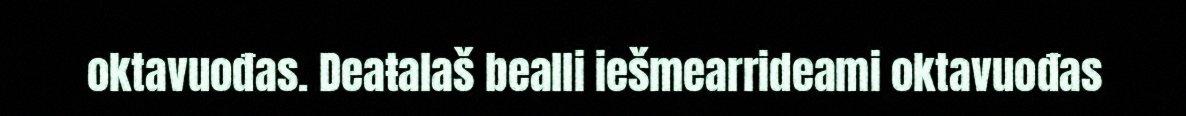
oktavuođas. Deaŧalaš bealli iešmearrideami oktavuođas